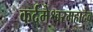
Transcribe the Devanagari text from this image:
कर्दमेश्वरमहादेव